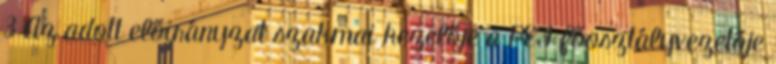
3 Az adott előirányzat szakmai kezelője a PEF főosztályvezetője